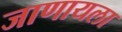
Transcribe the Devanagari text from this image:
जाणायला